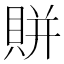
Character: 賆